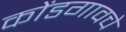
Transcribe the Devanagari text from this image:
कोंडगावचे